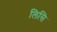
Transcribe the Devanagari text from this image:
लिसि